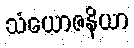
သံယောဇနိယာ